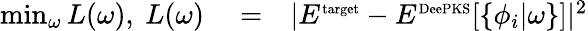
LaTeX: \begin{array}{rlr}{\operatorname*{min}_{\omega}L(\omega),~L(\omega)}&{{}=}&{|E^{\scriptsize{\textrm{target}}}-E^{\scriptsize{\textrm{DeePKS}}}[\{ \phi_{i}|\omega\} ]|^{2}}\end{array}